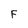
Character: F